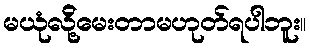
မယုံလို့်မေးတာမဟုတ်ရပါဘူး။